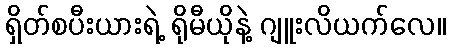
ရှိတ်စပီးယားရဲ့ ရိုမီယိုနဲ့ ဂျူးလိယက်လေ။